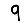
Digit: 9